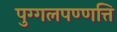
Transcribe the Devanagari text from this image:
पुग्गलपण्णत्ति